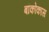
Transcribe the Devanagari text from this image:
बांकोकास